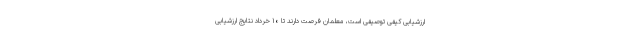
ارزشیابی کیفی توصیفی است، معلمان فرصت دارند تا ۱۰ خرداد نتایج ارزشیابی